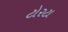
ટોરટા